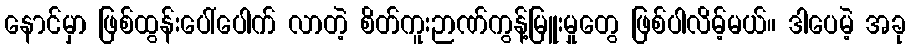
နောင်မှာ ဖြစ်ထွန်းပေါ်ပေါက် လာတဲ့ စိတ်ကူးဉာဏ်ကွန့်မြူးမှုတွေ ဖြစ်ပါလိမ့်မယ်။ ဒါပေမဲ့ အခု